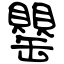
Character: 罌